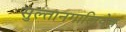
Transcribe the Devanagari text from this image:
सुल्तानगालियेव